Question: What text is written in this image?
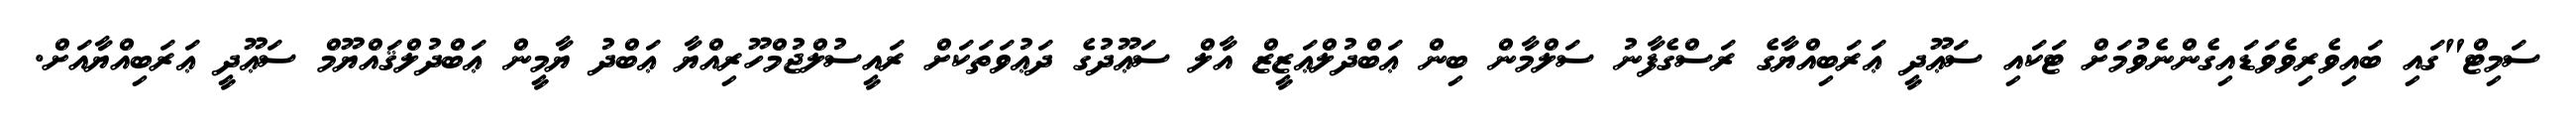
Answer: ސަމިޓް"ގައި ބައިވެރިވެވަޑައިގެންނެވުމަށް ޓަކައި ސަޢޫދީ ޢަރަބިއްޔާގެ ރަސްގެފާނު ސަލްމާން ބިން ޢަބްދުލްޢަޒީޒް އާލް ސަޢޫދުގެ ދަޢުވަތަކަށް ރައީސުލްޖުމްހޫރިއްޔާ ޢަބްދު ޔާމީން ޢަބްދުލްޤައްޔޫމް ސަޢޫދީ ޢަރަބިއްޔާއަށް.